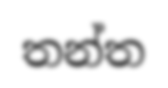
තන්ත